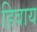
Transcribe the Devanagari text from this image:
हिवाय